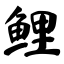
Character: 鲤